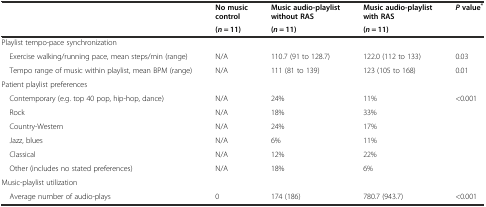
| <ROWSPAN=2>  | No music control | Music audio-playlist without RAS | Music audio-playlist with RAS | <ROWSPAN=2> Pvalue* |
 | (n = 11) | (n = 11) | (n = 11) |
 | --- | --- | --- | --- | --- |
 | Playlist tempo-pace synchronization |  |  |  |  |
 | Exercise walking/running pace, mean steps/min (range) | N/A | 110.7 (91 to 128.7) | 122.0 (112 to 133) | 0.03 |
 | Tempo range of music within playlist, mean BPM (range) | N/A | 111 (81 to 139) | 123 (105 to 168) | 0.01 |
 | Patient playlist preferences |  |  |  |  |
 | Contemporary (e.g. top 40 pop, hip-hop, dance) | N/A | 24% | 11% | <0.001 |
 | Rock | N/A | 18% | 33% |  |
 | Country-Western | N/A | 24% | 17% |  |
 | Jazz, blues | N/A | 6% | 11% |  |
 | Classical | N/A | 12% | 22% |  |
 | Other (includes no stated preferences) | N/A | 18% | 6% |  |
 | Music-playlist utilization |  |  |  |  |
 | Average number of audio-plays | 0 | 174 (186) | 780.7 (943.7) | <0.001 |